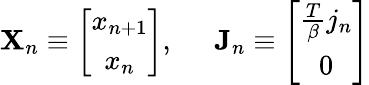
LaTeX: \mathbf{X}_{n}\equiv\left[\begin{array}{c}{{x_{n+1}}}\\ {{x_{n}}}\end{array}\right],\; \; \; \; \; \mathbf{J}_{n}\equiv\left[\begin{array}{c}{{\frac T\beta j_{n}}}\\ {{0}}\end{array}\right]